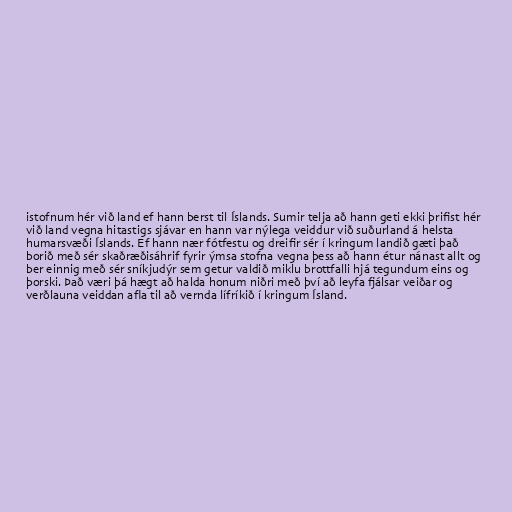
istofnum hér við land ef hann berst til Íslands. Sumir telja að hann geti ekki þrifist hér
við land vegna hitastigs sjávar en hann var nýlega veiddur við suðurland á helsta
humarsvæði Íslands. Ef hann nær fótfestu og dreifir sér í kringum landið gæti það
borið með sér skaðræðisáhrif fyrir ýmsa stofna vegna þess að hann étur nánast allt og
ber einnig með sér sníkjudýr sem getur valdið miklu brottfalli hjá tegundum eins og
þorski. Það væri þá hægt að halda honum niðri með því að leyfa fjálsar veiðar og
verðlauna veiddan afla til að vernda lífríkið í kringum Ísland.